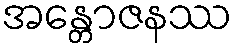
အန္တောဇနဿ